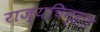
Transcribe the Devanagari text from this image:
राज्यचिन्हात